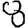
Digit: 8